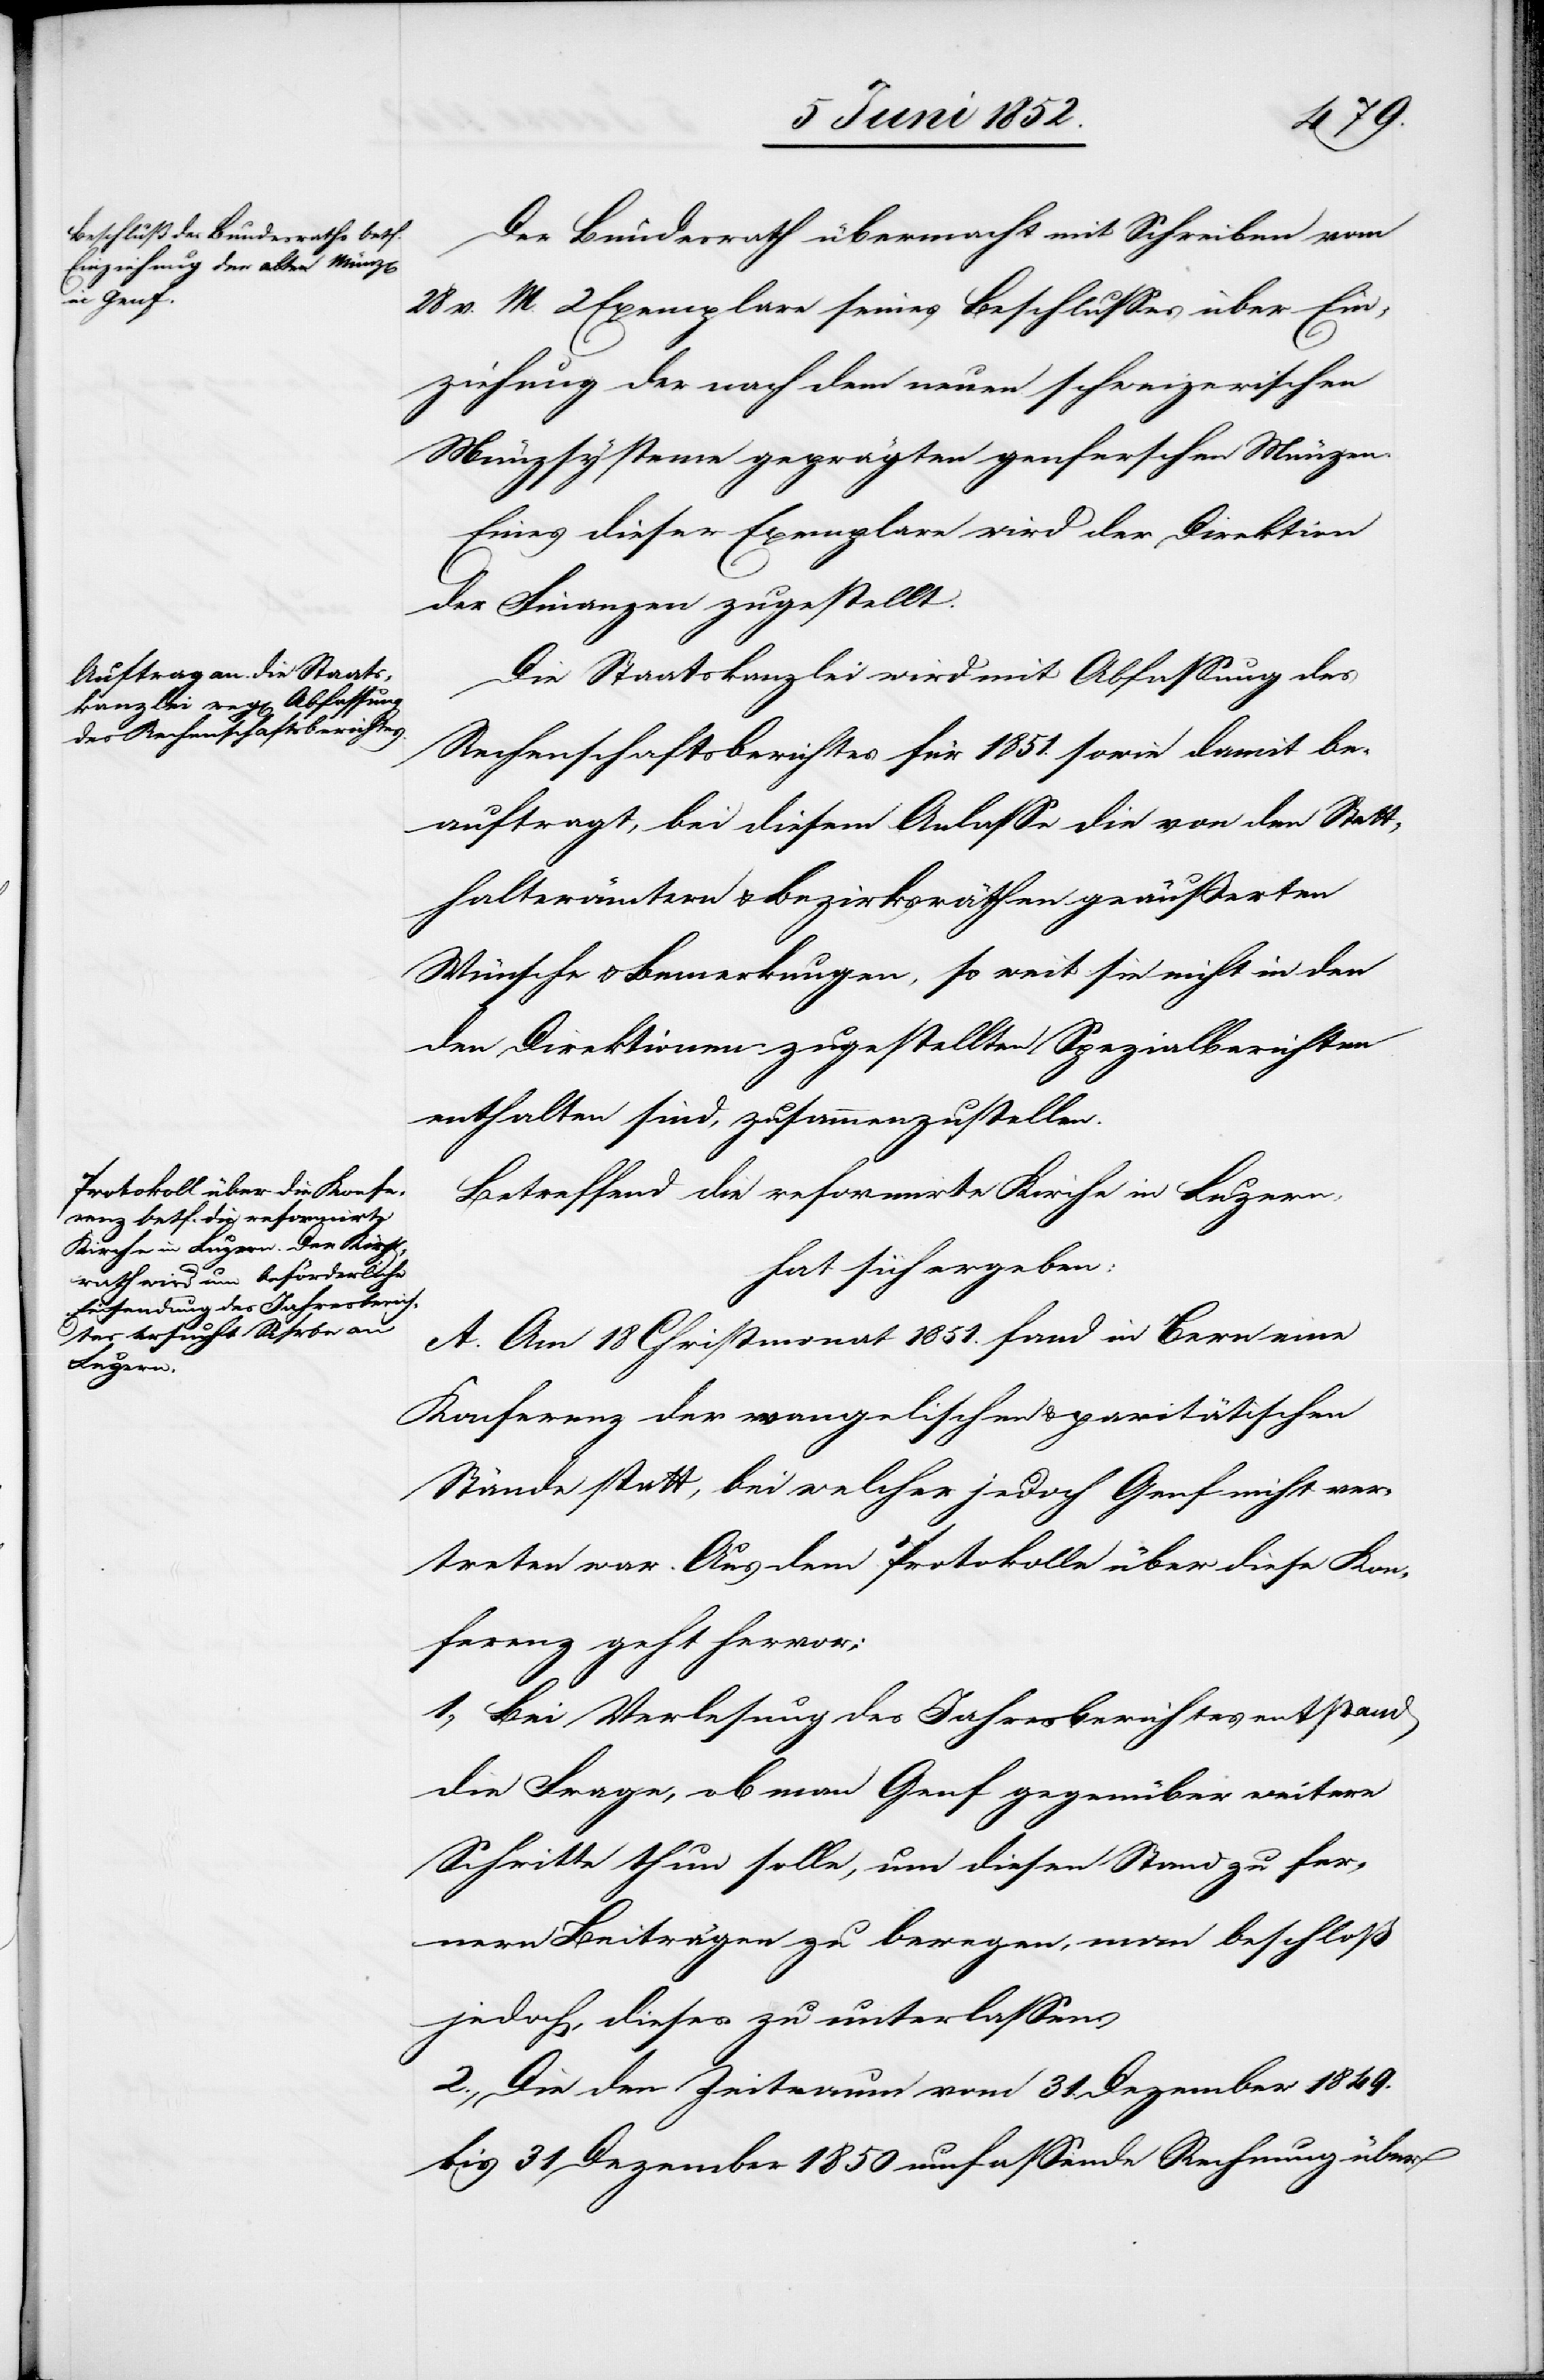
Der Bundesrath übermacht mit Schreiben vom
28 v. M. 2 Exemplare seines Beschlusses über Ein¬
ziehung der nach dem neuen schweizerischen
Münzsysteme geprägten genferschen Münzen.
Eines dieser Exemplare wird der Direktion
der Finanzen zugestellt.
Die Staatskanzlei wird mit Abfassung des
Rechenschaftsberichtes für 1851. sowie damit be¬
auftragt, bei diesem Anlasse die von den Statt¬
halterämtern & Bezirksräthen geäußerten
Wünsche & Bemerkungen, so weit sie nicht in den
den Direktionen zugestellten Spezialberichten
enthalten sind, zusammenzustellen.
Betreffend die reformirte Kirche in Luzern,
hat sich ergeben:
A. Am 18 Christmonat 1851. fand in Bern eine
Konferenz der evangelischen & paritätischen
Stände statt, bei welcher jedoch Genf nicht ver¬
treten war. Aus dem Protokolle über diese Kon¬
ferenz geht hervor:
1., Bei Verlesung des Jahresberichtes entstand
die Frage, ob man Genf gegenüber weitere
Schritte thun solle, um diesen Stand zu fer¬
nern Beiträgen zu bewegen, man beschloß
jedoch, dieses zu unterlassen.
2., Die den Zeitraum vom 31. Dezember 1849.
bis 31 Dezember 1850 umfassende Rechnung über